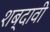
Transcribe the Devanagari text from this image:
शब्दावी